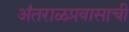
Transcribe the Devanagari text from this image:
अंतराळप्रवासाची